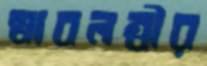
স্বাবলম্বীর